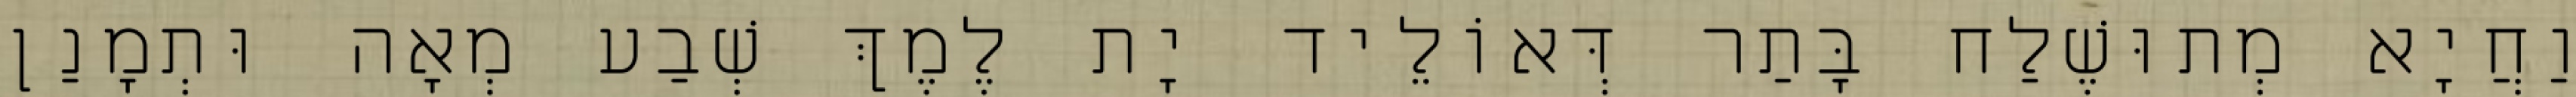
וַחֲיָא מְתוּשֶׁלַח בָּתַר דְּאוֹלֵיד יָת לֶמֶךְ שְׁבַע מְאָה וּתְמָנַן